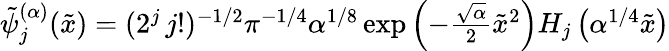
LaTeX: \begin{array}{r}{\tilde{\psi}_{j}^{(\alpha)}(\tilde{x})=(2^{j}\, j!)^{-1/2}\pi^{-1/4}\alpha^{1/8}\exp\left(-\frac{\sqrt{\alpha}}{2}\tilde{x}^{2}\right)H_{j}\left(\alpha^{1/4}\tilde{x}\right)}\end{array}